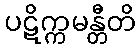
ပဋိက္ကမန္တီတိ